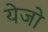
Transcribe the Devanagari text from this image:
येजो